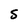
Character: S